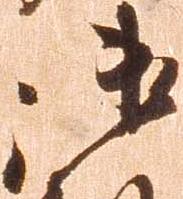
御